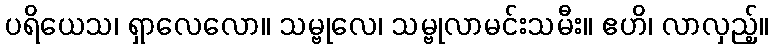
ပရိယေသ၊ ရှာလေလော။ သမ္ဗုလေ၊ သမ္ဗုလာမင်းသမီး။ ဧဟိ၊ လာလှည့်။